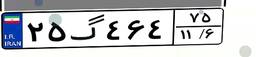
۲۵گ۴۶۴۷۵